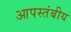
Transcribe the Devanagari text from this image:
आपस्तंबीय